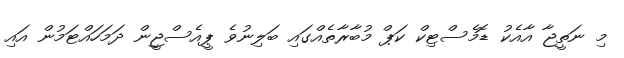
މި ނަތީޖާ އާއެކު ޑޮމެސްޓިކް ކަޕް މުބާރާތެއްގައި ބަލިނުވެ ޕީއެސްޖީން ދަމަހައްޓަމުން އައި